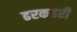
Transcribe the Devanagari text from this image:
ढरकहरी